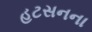
હટસનના